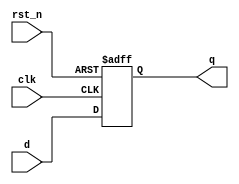
module DFlipFlop (
    input wire clk,          // Clock signal
    input wire rst_n,       // Active low reset
    input wire d,           // Data input
    output reg q            // Output
);

    always @(posedge clk or negedge rst_n) begin
        if (!rst_n) begin
            q <= 1'b0;       // Asynchronous reset
        end else begin
            q <= d;          // Non-blocking assignment
        end
    end

endmodule